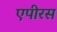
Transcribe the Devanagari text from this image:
एपीरस